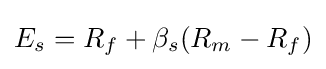
E_{s}=R_{f}+\beta _{s}(R_{m}-R_{f})